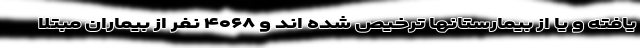
یافته و یا از بیمارستانها ترخیص شده اند و ۴۰۶۸ نفر از بیماران مبتلا